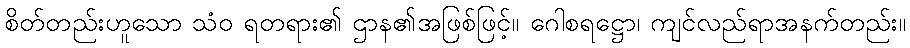
စိတ်တည်းဟူသော သံဝ ရတရား၏ ဌာန၏အဖြစ်ဖြင့်။ ဂေါစရဋ္ဌော၊ ကျင်လည်ရာအနက်တည်း။